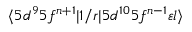
\langle 5 d ^ { 9 } 5 f ^ { n + 1 } | 1 / r | 5 d ^ { 1 0 } 5 f ^ { n - 1 } \varepsilon { l } \rangle